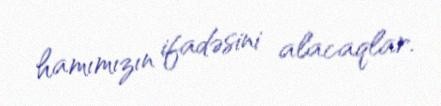
hamımızın ifadəsini alacaqlar.